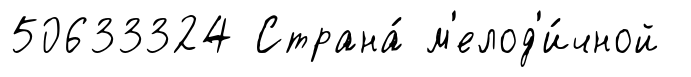
50633324 Страна́ м'елод'и́чной